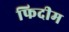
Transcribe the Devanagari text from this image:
फिदीम